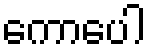
ကောပေါ